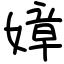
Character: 嫜